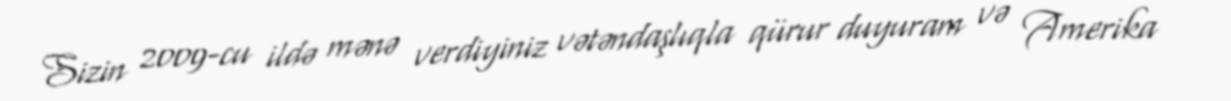
Sizin 2009-cu ildə mənə verdiyiniz vətəndaşlıqla qürur duyuram və Amerika